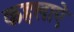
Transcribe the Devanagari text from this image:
कहलाऐ